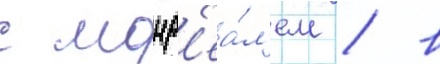
с монр'еа́л'ем / в